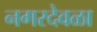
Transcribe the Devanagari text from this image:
नगरदेवळा